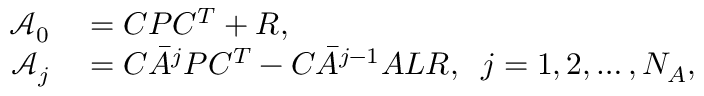
\begin{array} { r l } { \mathcal { A } _ { 0 } } & { { } = C P C ^ { T } + R , } \\ { \mathcal { A } _ { j } } & { { } = C \bar { A } ^ { j } P C ^ { T } - C \bar { A } ^ { j - 1 } A L R , \; \; j = 1 , 2 , \ldots , N _ { A } , } \end{array}